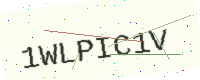
Text: 1WLPIC1V